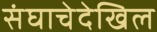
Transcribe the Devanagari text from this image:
संघाचेदेखिल